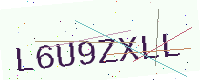
Text: L6U9ZXLL